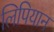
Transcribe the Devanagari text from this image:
लिपियान